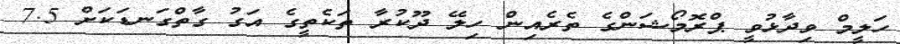
ހަލީމް ވިދާޅުވީ ޕްރޮމޯޝަންގެ ތެރެއިން ހިލޭ ދޫކުރާ ތަކެތީގެ އަގު ގާތްގަނޑަކަށް 7.5